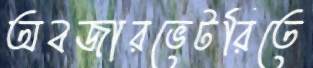
অবজারভেটরিতে